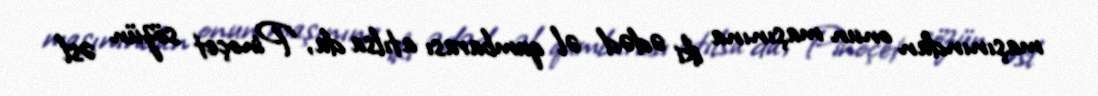
maşınından onun maşınına iki ədəd əl qumbarası atılsa da, Pinoçet sözün əsl